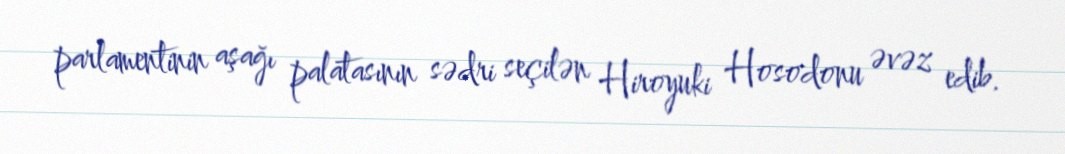
parlamentinin aşağı palatasının sədri seçilən Hiroyuki Hosodonu əvəz edib.